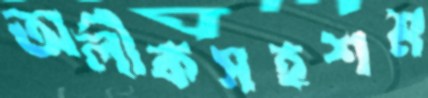
অলীকসহশম